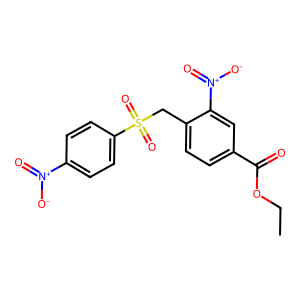
SMILES: CCOC(=O)c1ccc(CS(=O)(=O)c2ccc([N+](=O)[O-])cc2)c([N+](=O)[O-])c1
Inhibits HIV replication: No